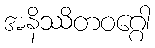
အနိဿိတဝဂ္ဂေါ